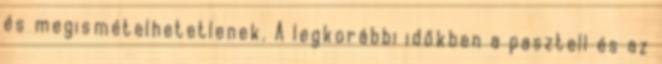
és megismételhetetlenek. A legkorábbi időkben a pasztell és az